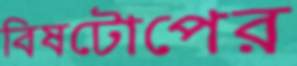
বিষটোপের